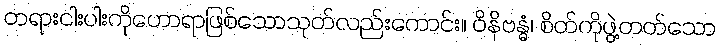
တရားငါးပါးကိုဟောရာဖြစ်သောသုတ်လည်းကောင်း။ ဝိနိဗန္ဓံ၊ စိတ်ကိုဖွဲ့တတ်သော